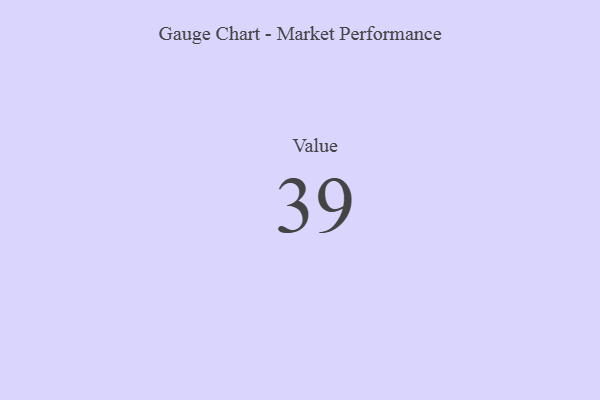
{"axis": {"x": "Metric", "y": "Value"}, "legend": [""], "data": [{"x": "Value", "y": 39, "type": ""}]}